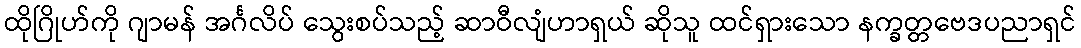
ထိုဂြိုဟ်ကို ဂျာမန် အင်္ဂလိပ် သွေးစပ်သည့် ဆာဝီလျံဟာရှယ် ဆိုသူ ထင်ရှားသော နက္ခတ္တဗေဒပညာရှင်